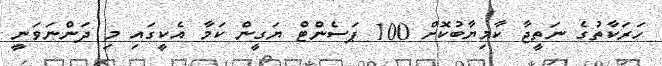
ހަރަކާތުގެ ނަތީޖާ ކާމިޔާބުކޮށް 100 ޕަސެންޓް ޔަގީން ކަމާ އެކީގައި މި ދަންނަވަނީ